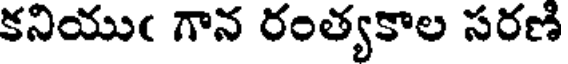
కనియుఁ గాన రంత్యకాల సరణి